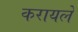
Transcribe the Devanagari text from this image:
करायले